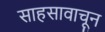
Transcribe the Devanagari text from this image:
साहसावाचून